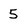
Character: 5